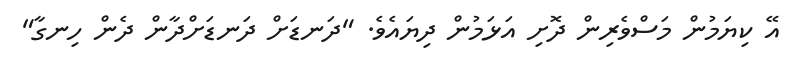
އޭ ކިޔަމުން މަސްވެރިން ދޮށި އަޅަމުން ދިޔައެވެ. "ދަނޑަށް ދަނޑަށްދާން ދެން ހިނގާ"